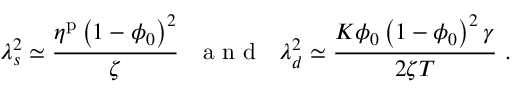
\lambda _ { s } ^ { 2 } \simeq \frac { \eta ^ { \mathrm { p } } \left( 1 - \phi _ { 0 } \right) ^ { 2 } } { \zeta } \ \ \mathrm { ~ a ~ n ~ d ~ } \ \ \lambda _ { d } ^ { 2 } \simeq \frac { K \phi _ { 0 } \left( 1 - \phi _ { 0 } \right) ^ { 2 } \gamma } { 2 \zeta T } \ .